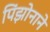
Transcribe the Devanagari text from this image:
पिंझोनाने